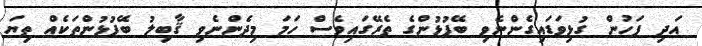
އަދި ފަހުން ގުޅިވަޑައިގެންނެވި ބޭފުޅުންގެ ތެރޭގައިވެސް ހަމަ މިދެންނެވި ޤާބިލު ބޭފުޅުންތަކެއް ތިޔަ